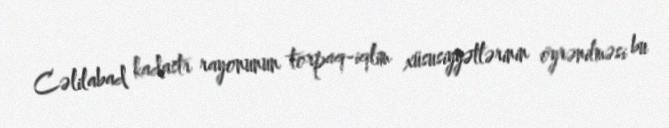
Cəlilabad kadastr rayonunun torpaq-iqlim xüsusiyyətlərinin öyrənilməsi bu